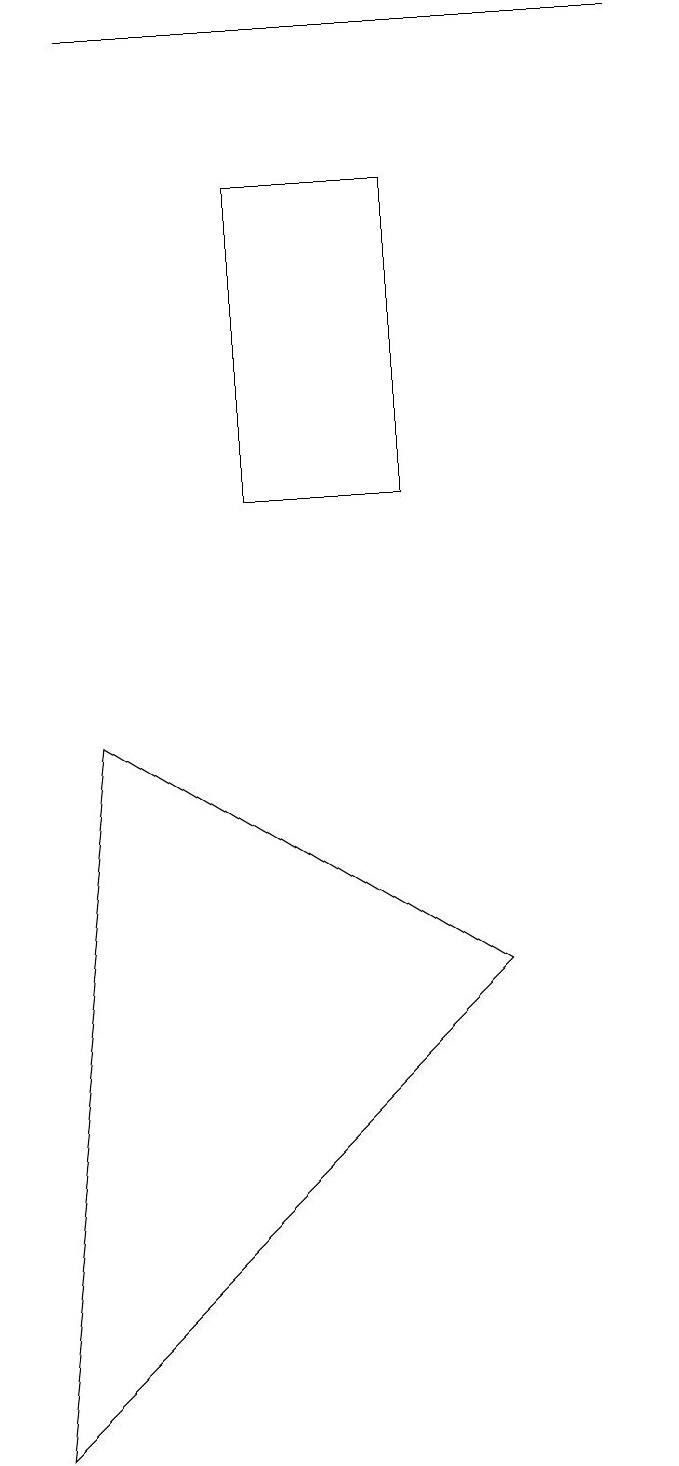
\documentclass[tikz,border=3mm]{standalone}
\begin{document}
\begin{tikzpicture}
\draw (6,6) -- (0,0) -- (1,9) -- cycle;
\draw (1,18) rectangle (8,18);
\draw (5,16) rectangle (3,12);
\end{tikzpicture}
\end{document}